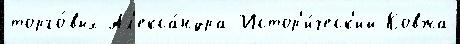
торго́вых Ал'екса́ндра Истор'и́ческ'ий Ковжа